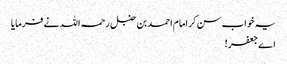
یہ خواب سن کر امام احمد بن حنبل رحمہ اللہ نے فرمایا
اے جعفر!